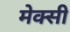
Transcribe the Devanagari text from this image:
मेक्सी